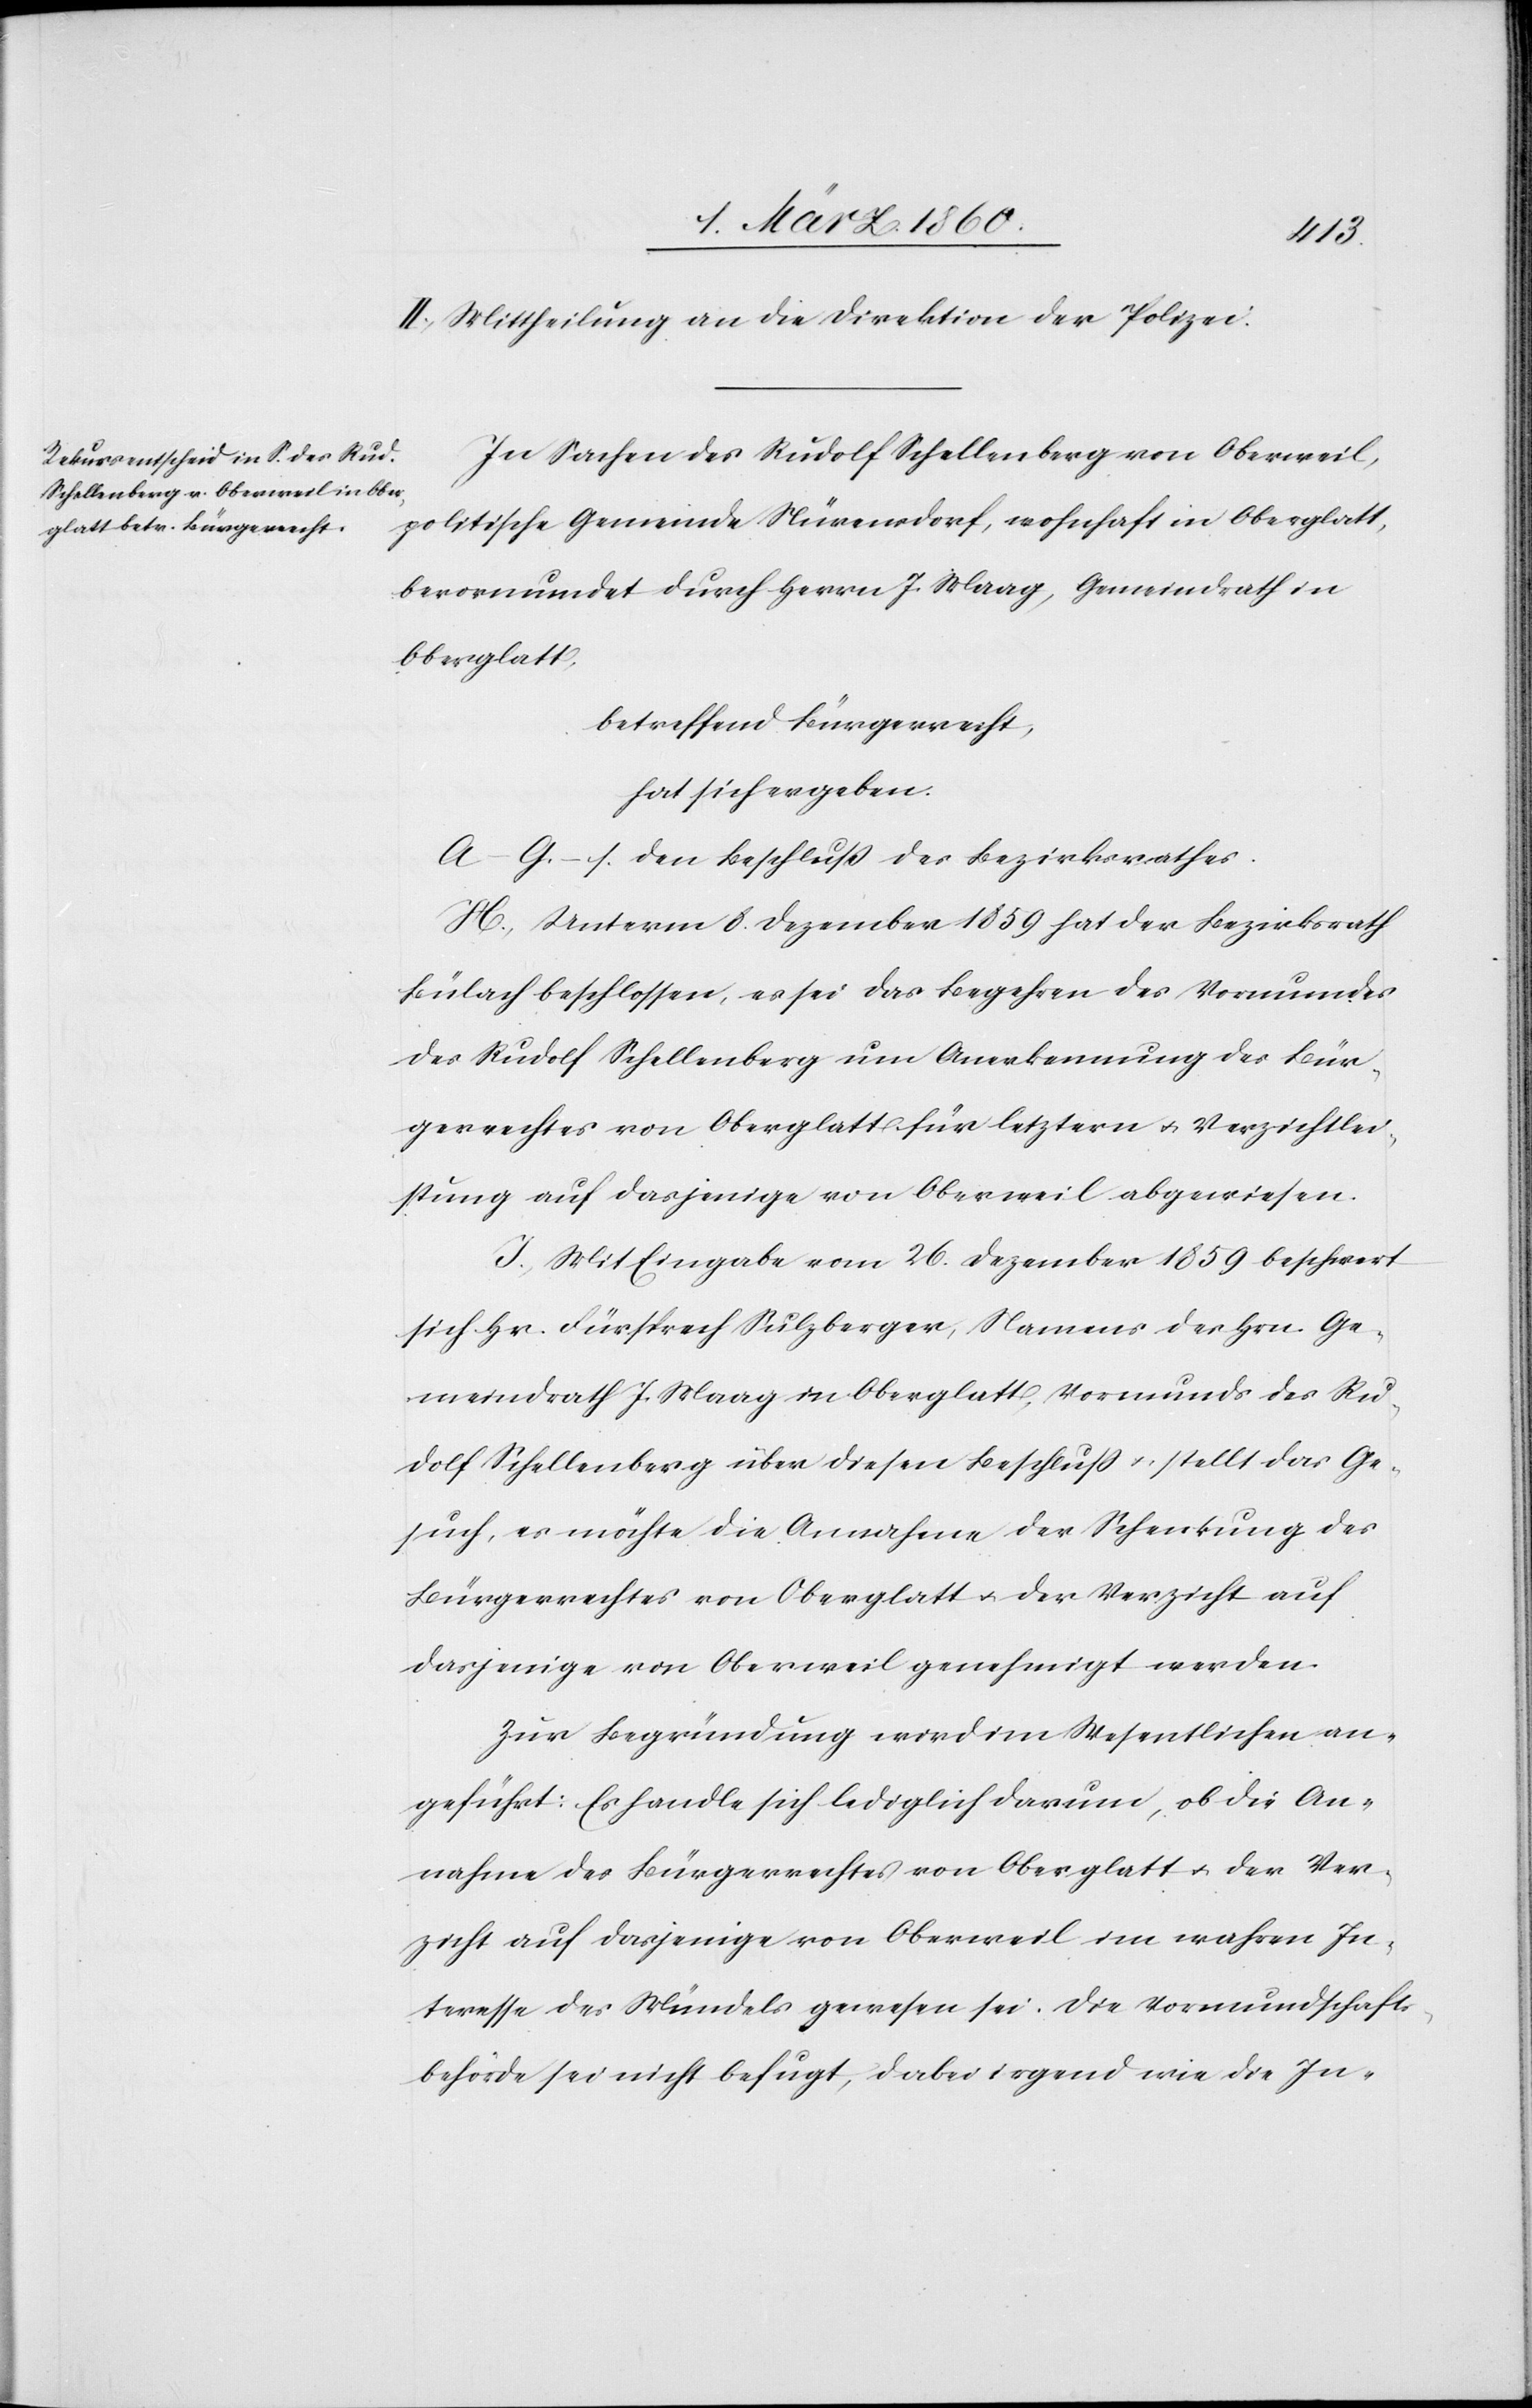
II. Mittheilung an die Direktion der Polizei.
In Sachen des Rudolf Schellenberg von Oberweil,
politischen Gemeinde Nürensdorf, wohnhaft in Oberglatt,
bevormundet durch Herrn J. Maag, Gemeindrath in
Oberglatt,
betreffend Bürgerrecht,
hat sich ergeben:
A–G. s. den Beschluss des Bezirksrathes.
H. Unterm 8. Dezember 1859 hat der Bezirksrath
Bülach beschlossen, es sei das Begehren des Vormundes
des Rudolf Schellenberg um Anerkennung des Bür¬
gerrechtes von Oberglatt für letztern u. Verzichtlei¬
stung auf dasjenige von Oberweil abgewiesen.
I. Mit Eingabe vom 26. Dezember 1859 beschwert
sich Hr. Fürsprech Sulzberger, Namens des Hrn. Ge¬
meindrath J. Maag in Oberglatt, Vormunds des Rud¬
olf Schellenberg über diesen Beschluss u. stellt das Ge¬
such, es möchte die Annahme der Schenkung des
Bürgerrechtes von Oberglatt u. der Verzicht auf
dasjenige von Oberweil genehmigt werden.
Zur Begründung wird im Wesentlichen an¬
geführt: Es handle sich lediglich darum, ob die An¬
nahme des Bürgerrechtes von Oberglatt u. der Ver¬
zicht auf dasjenige von Oberweil im wahren In¬
teresse des Mündels gewesen sei. Die Vormundschafts¬
behörde sei nicht befugt, dabei irgend wie die In-